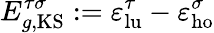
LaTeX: E_{g,\mathrm{KS}}^{\tau\sigma}:=\varepsilon_{\mathrm{lu}}^{\tau}-\varepsilon_{\mathrm{ho}}^{\sigma}